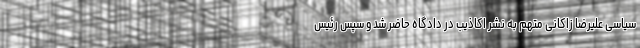
سیاسی علیرضا زاکانی متهم به نشر اکاذیب در دادگاه حاضر شد و سپس رئیس